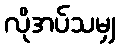
လိုအပ်သမျှ